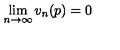
\lim _ { n \to \infty } v _ { n } ( p ) = 0